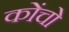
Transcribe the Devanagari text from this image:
कोंचो